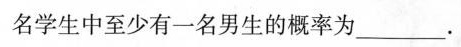
名学生中至少有一名男生的概率为___。